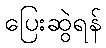
ပြေးဆွဲရန်